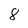
Character: 8